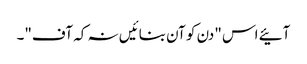
آئیے اس "دن کو آن بنائیں نہ کہ آف"۔